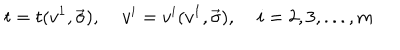
t = t ( v ^ { 1 } , \vec { \sigma } ) , \; v ^ { i } = v ^ { i } ( v ^ { 1 } , \vec { \sigma } ) , \; i = 2 , 3 , . . . , m